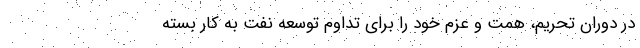
در دوران تحریم، همت و عزم خود را برای تداوم توسعه نفت به کار بسته